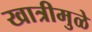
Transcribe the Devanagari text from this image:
खात्रीमुळे